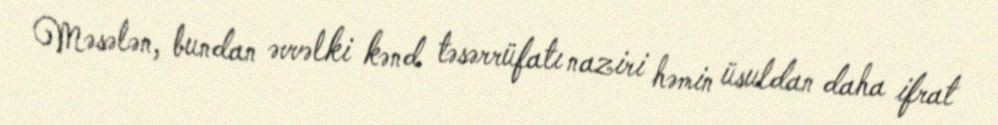
Məsələn, bundan əvvəlki kənd təsərrüfatı naziri həmin üsuldan daha ifrat